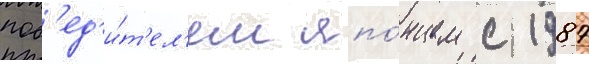
поб'ед'и́т'ел'ем япо́нцем с 1987